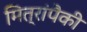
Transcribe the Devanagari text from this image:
मित्रांपैकी